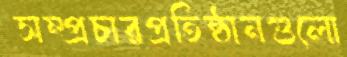
সম্প্রচারপ্রতিষ্ঠানগুলো